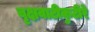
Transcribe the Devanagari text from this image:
वृक्षवाटीकुटीरे